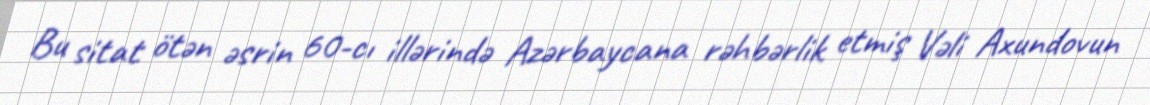
Bu sitat ötən əsrin 60-cı illərində Azərbaycana rəhbərlik etmiş Vəli Axundovun